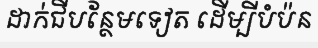
ដាក់ជីបន្ថែមទៀត ដើម្បីបំប៉ន